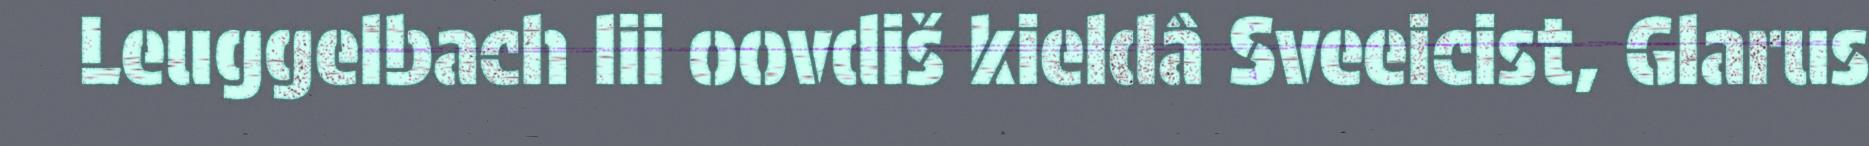
Leuggelbach lii oovdiš kieldâ Sveeicist, Glarus